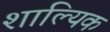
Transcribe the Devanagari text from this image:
शाल्यिक